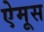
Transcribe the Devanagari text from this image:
ऐमूस